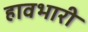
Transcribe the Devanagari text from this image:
हावभारी